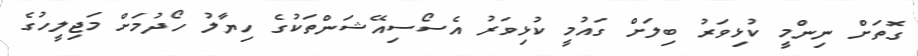
ގޮތަށް ނިންމީ ކުޅިވަރު ބިލަށް ގައުމީ ކުޅިވަރު އެސޯސިއޭޝަންތަކުގެ ހިޔާލު ހޯދުމަށް މަޖިލީހުގެ